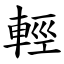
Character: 輕